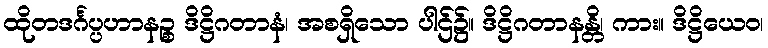
ထိုတဒင်္ဂပ္ပဟာနဉ္စ ဒိဋ္ဌိဂတာနံ၊ အစရှိသော ပါဌ်၌။ ဒိဋ္ဌိဂတာနန္တိ၊ ကား။ ဒိဋ္ဌိယေဝ၊